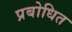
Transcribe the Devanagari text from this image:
प्रबोधित